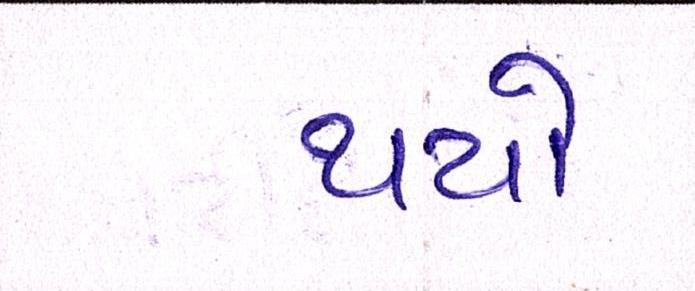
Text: થયો